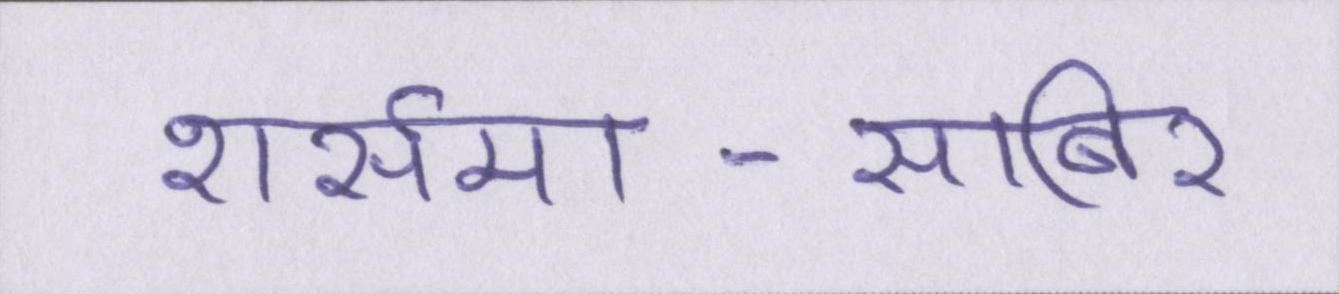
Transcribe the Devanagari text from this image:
शर्समा-साबिर